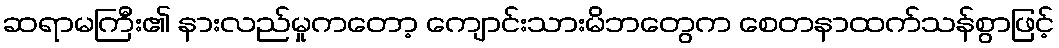
ဆရာမကြီး၏ နားလည်မှုကတော့ ကျောင်းသားမိဘတွေက စေတနာထက်သန်စွာဖြင့်